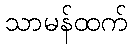
သာမန်ထက်